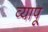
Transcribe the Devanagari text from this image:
व्यापू